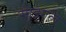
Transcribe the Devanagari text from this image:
साइगल